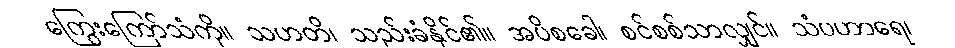
ကြွေးကြော်သံကို။ သဟတိ၊ သည်းခံနိုင်၏။ အပိစခေါ၊ စင်စစ်သာလျှင်။ သံပဟာရေ၊